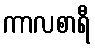
ကာလစာရီ